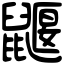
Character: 鼴